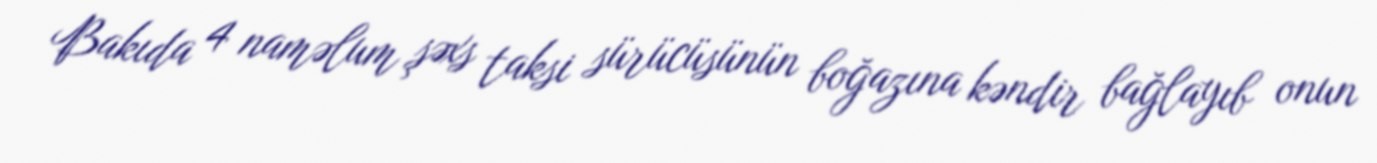
Bakıda 4 naməlum şəxs taksi sürücüsünün boğazına kəndir bağlayıb onun